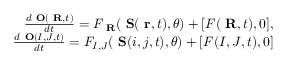
\begin{array} { r l r } & { } & { \frac { d \mathrm { { \bf ~ O } } ( \mathrm { { \bf ~ R } } , t ) } { d t } = F _ { \mathrm { { \bf ~ R } } } ( { \mathrm { { \bf ~ S } } } ( \mathrm { { \bf ~ r } } , t ) , \theta ) + [ { \cal F } ( \mathrm { { \bf ~ R } } , t ) , 0 ] , } \\ & { } & { \frac { d \mathrm { { \bf ~ O } } ( I , J , t ) } { d t } = F _ { I , J } ( { \mathrm { { \bf ~ S } } } ( i , j , t ) , \theta ) + [ { \cal F } ( I , J , t ) , 0 ] } \end{array}